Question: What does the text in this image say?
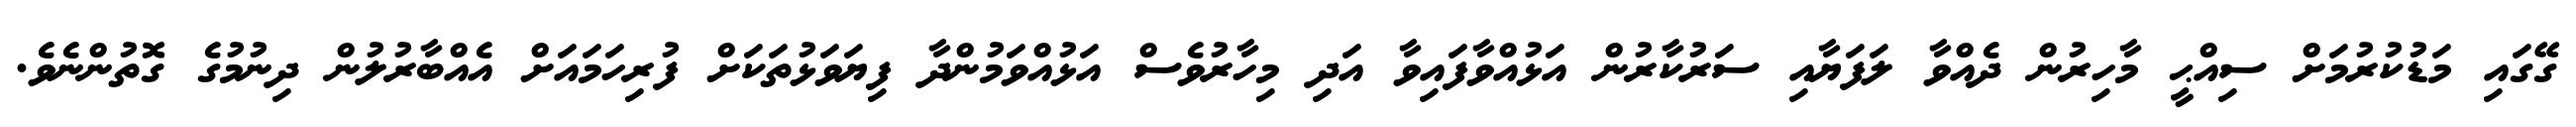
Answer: ގޭގައި މަޑުކުރުމަށް ސިއްޙީ މާހިރުން ދެއްވާ ލަފަޔާއި ސަރުކާރުން އަޅުއްވާފައިވާ އަދި މިހާރުވެސް އަޅުއްވަމުންދާ ފިޔަވަޅުތަކަށް ފުރިހަމައަށް އެއްބާރުލުން ދިނުމުގެ ގޮތުންނެވެ.